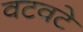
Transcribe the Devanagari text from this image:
वटवटे